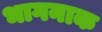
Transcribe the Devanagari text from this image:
भागनाक